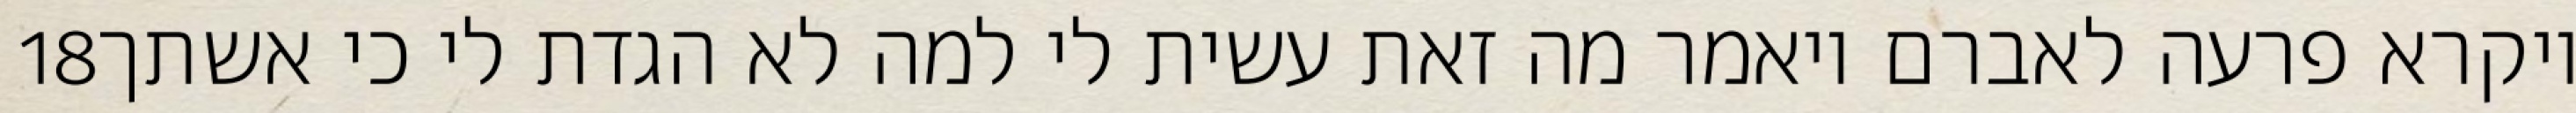
‎18‏ ויקרא פרעה לאברם ויאמר מה זאת עשית לי למה לא הגדת לי כי אשתך